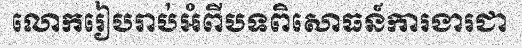
លោករៀបរាប់អំពីបទពិសោធន៍ការងារជា